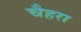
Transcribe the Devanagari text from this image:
चैहरा